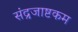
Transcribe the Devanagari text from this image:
संद्रजाष्टकम